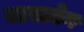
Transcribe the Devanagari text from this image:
साराज़ेन